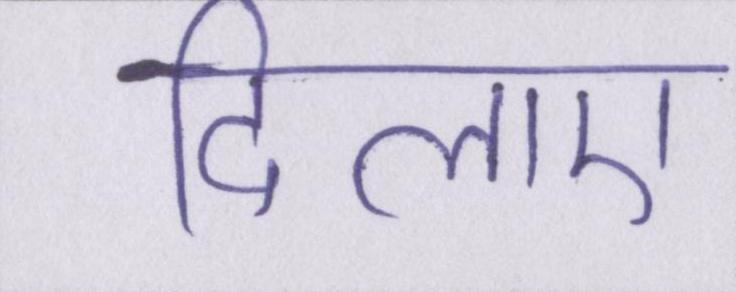
दिलाए